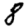
Digit: 8